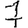
Digit: 7